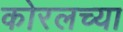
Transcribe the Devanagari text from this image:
कोरलच्या